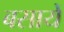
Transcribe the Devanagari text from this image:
बसायें